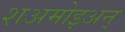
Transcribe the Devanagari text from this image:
शअमोइअन्